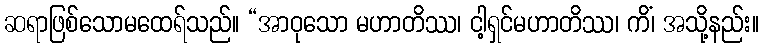
ဆရာဖြစ်သောမထေရ်သည်။ “အာဝုသော မဟာတိဿ၊ ငါ့ရှင်မဟာတိဿ၊ ကိံ၊ အသို့နည်း။